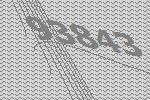
93843